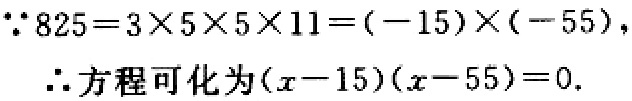
\(\because 825 = 3\times5\times5\times11=(-15)\times(-55),\)

\(\therefore\)方程可化为\((x - 15)(x - 55)=0.\)